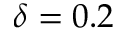
\delta = 0 . 2